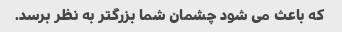
که باعث می شود چشمان شما بزرگتر به نظر برسد.